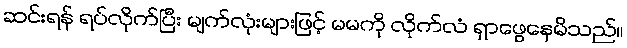
ဆင်းရန် ရပ်လိုက်ပြီး မျက်လုံးများဖြင့် မမကို လိုက်လံ ရှာဖွေနေမိသည်။